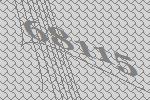
68115